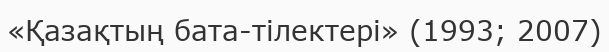
«Қазақтың бата-тілектері» (1993; 2007)